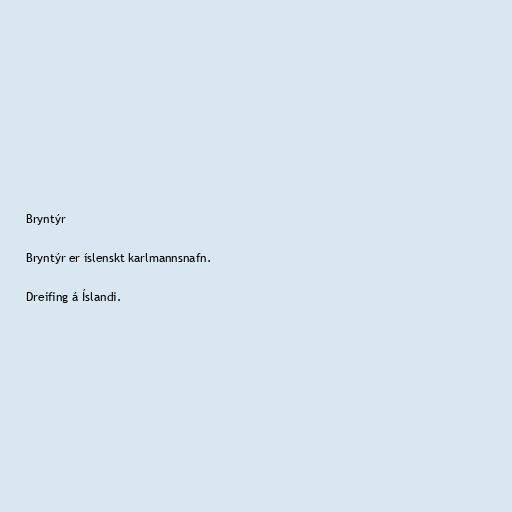
Bryntýr

Bryntýr er íslenskt karlmannsnafn.

Dreifing á Íslandi.